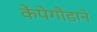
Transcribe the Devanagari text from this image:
केंपेगौडाने